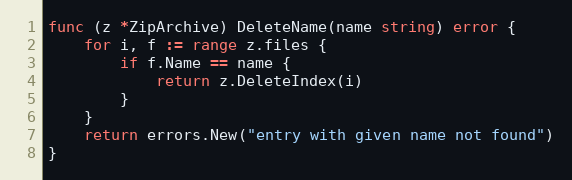
Language: Go
func (z *ZipArchive) DeleteName(name string) error {
	for i, f := range z.files {
		if f.Name == name {
			return z.DeleteIndex(i)
		}
	}
	return errors.New("entry with given name not found")
}